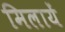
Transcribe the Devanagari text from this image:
मिलायें